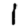
Digit: 1